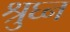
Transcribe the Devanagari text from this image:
श्रुघ्न